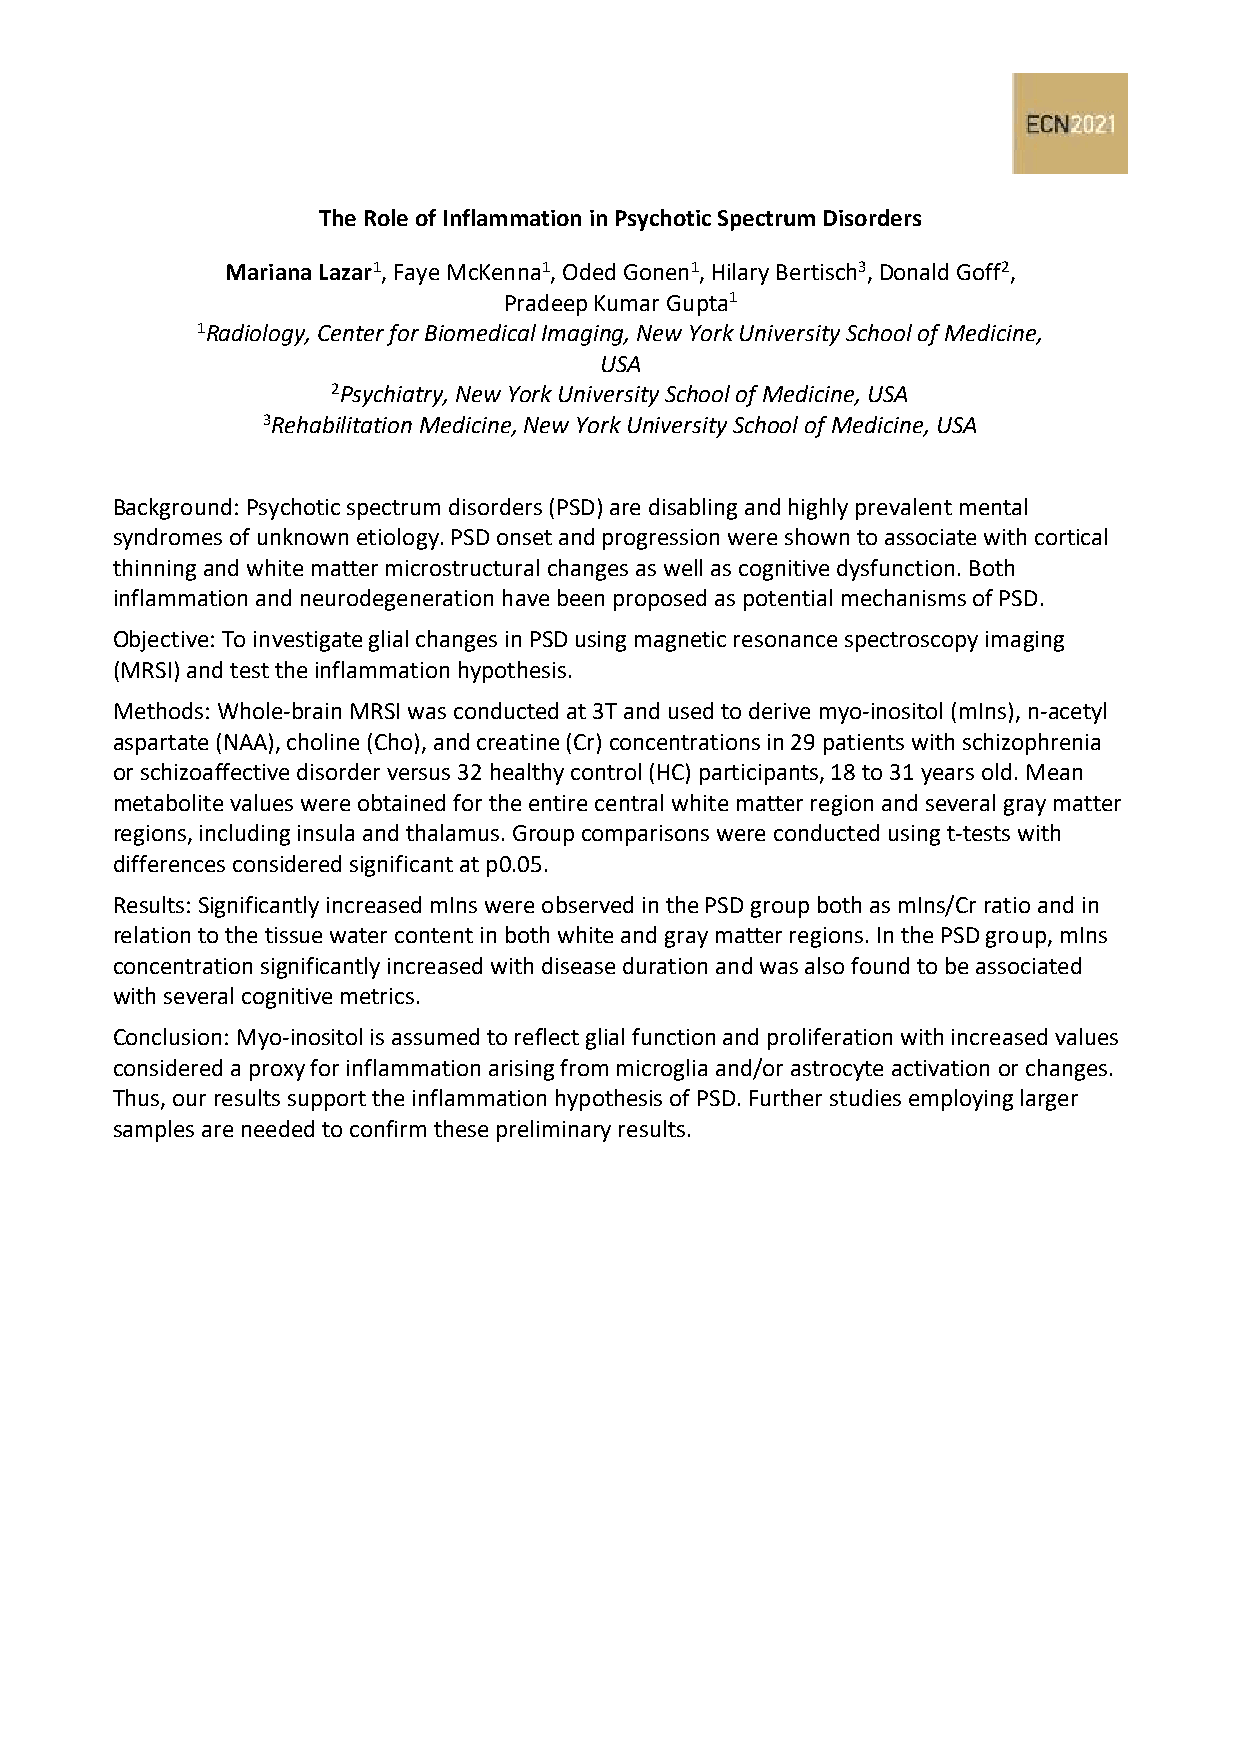
The Role of Inflammation in Psychotic Spectrum Disorders
 Mariana Lazar1, Faye McKenna1, Oded Gonen1, Hilary Bertisch3, Donald Goff2,
 Pradeep Kumar Gupta1
 1Radiology, Center for Biomedical Imaging, New York University School of Medicine,
 USA
 2Psychiatry, New York University School of Medicine, USA
 3Rehabilitation Medicine, New York University School of Medicine, USA
 Background: Psychotic spectrum disorders (PSD) are disabling and highly prevalent mental
 syndromes of unknown etiology. PSD onset and progression were shown to associate with cortical
 thinning and white matter microstructural changes as well as cognitive dysfunction. Both
 inflammation and neurodegeneration have been proposed as potential mechanisms of PSD.
 Objective: To investigate glial changes in PSD using magnetic resonance spectroscopy imaging
 (MRSI) and test the inflammation hypothesis.
 Methods: Whole-brain MRSI was conducted at 3T and used to derive myo-inositol (mIns), n-acetyl
 aspartate (NAA), choline (Cho), and creatine (Cr) concentrations in 29 patients with schizophrenia
 or schizoaffective disorder versus 32 healthy control (HC) participants, 18 to 31 years old. Mean
 metabolite values were obtained for the entire central white matter region and several gray matter
 regions, including insula and thalamus. Group comparisons were conducted using t-tests with
 differences considered significant at p0.05.
 Results: Significantly increased mIns were observed in the PSD group both as mIns/Cr ratio and in
 relation to the tissue water content in both white and gray matter regions. In the PSD group, mIns
 concentration significantly increased with disease duration and was also found to be associated
 with several cognitive metrics.
 Conclusion: Myo-inositol is assumed to reflect glial function and proliferation with increased values
 considered a proxy for inflammation arising from microglia and/or astrocyte activation or changes.
 Thus, our results support the inflammation hypothesis of PSD. Further studies employing larger
 samples are needed to confirm these preliminary results.